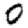
Digit: 0